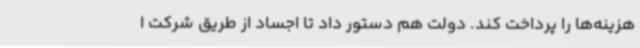
هزینه‌ها را پرداخت کند. دولت هم دستور داد تا اجساد از طریق شرکت ا